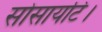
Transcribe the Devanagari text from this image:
सोसायटि।